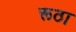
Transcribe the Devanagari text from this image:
रूठा